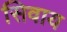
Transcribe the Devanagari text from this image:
सिवाय